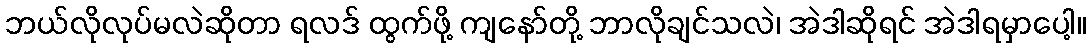
ဘယ်လိုလုပ်မလဲဆိုတာ ရလဒ် ထွက်ဖို့ ကျနော်တို့ ဘာလိုချင်သလဲ၊ အဲဒါဆိုရင် အဲဒါရမှာပေါ့။